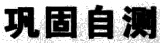
巩固自测